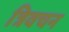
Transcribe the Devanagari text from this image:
त्रिवचन